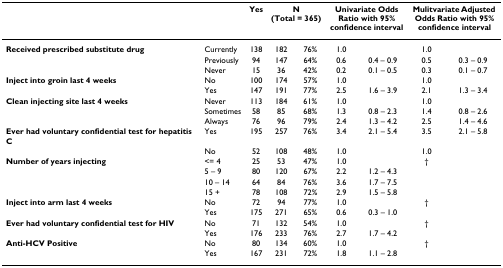
<table><thead><tr><td></td><td></td><td><b>Yes</b></td><td colspan="2"><b>N (Total = 365)</b></td><td colspan="2"><b>Univariate OddsRatio with 95% confidence interval</b></td><td colspan="2"><b>Mulitvariate Adjusted Odds Ratio with 95% confidence interval</b></td></tr></thead><tbody><tr><td><b>Received prescribed substitute drug</b></td><td>Currently</td><td>138</td><td>182</td><td>76%</td><td>1.0</td><td></td><td>1.0</td><td></td></tr><tr><td></td><td>Previously</td><td>94</td><td>147</td><td>64%</td><td>0.6</td><td>0.4 – 0.9</td><td>0.5</td><td>0.3 – 0.9</td></tr><tr><td></td><td>Never</td><td>15</td><td>36</td><td>42%</td><td>0.2</td><td>0.1 – 0.5</td><td>0.3</td><td>0.1 – 0.7</td></tr><tr><td><b>Inject into groin last 4 weeks</b></td><td>No</td><td>100</td><td>174</td><td>57%</td><td>1.0</td><td></td><td>1.0</td><td></td></tr><tr><td></td><td>Yes</td><td>147</td><td>191</td><td>77%</td><td>2.5</td><td>1.6 – 3.9</td><td>2.1</td><td>1.3 – 3.4</td></tr><tr><td><b>Clean injecting site last 4 weeks</b></td><td>Never</td><td>113</td><td>184</td><td>61%</td><td>1.0</td><td></td><td>1.0</td><td></td></tr><tr><td></td><td>Sometimes</td><td>58</td><td>85</td><td>68%</td><td>1.3</td><td>0.8 – 2.3</td><td>1.4</td><td>0.8 – 2.6</td></tr><tr><td></td><td>Always</td><td>76</td><td>96</td><td>79%</td><td>2.4</td><td>1.3 – 4.2</td><td>2.5</td><td>1.4 – 4.6</td></tr><tr><td><b>Ever had voluntary confidential test for hepatitis C</b></td><td>Yes</td><td>195</td><td>257</td><td>76%</td><td>3.4</td><td>2.1 – 5.4</td><td>3.5</td><td>2.1 – 5.8</td></tr><tr><td></td><td>No</td><td>52</td><td>108</td><td>48%</td><td>1.0</td><td></td><td>1.0</td><td></td></tr><tr><td><b>Number of years injecting</b></td><td>&lt;= 4</td><td>25</td><td>53</td><td>47%</td><td>1.0</td><td></td><td>†</td><td></td></tr><tr><td></td><td>5 – 9</td><td>80</td><td>120</td><td>67%</td><td>2.2</td><td>1.2 – 4.3</td><td></td><td></td></tr><tr><td></td><td>10 – 14</td><td>64</td><td>84</td><td>76%</td><td>3.6</td><td>1.7 – 7.5</td><td></td><td></td></tr><tr><td></td><td>15 +</td><td>78</td><td>108</td><td>72%</td><td>2.9</td><td>1.5 – 5.8</td><td></td><td></td></tr><tr><td><b>Inject into arm last 4 weeks</b></td><td>No</td><td>72</td><td>94</td><td>77%</td><td>1.0</td><td></td><td>†</td><td></td></tr><tr><td></td><td>Yes</td><td>175</td><td>271</td><td>65%</td><td>0.6</td><td>0.3 – 1.0</td><td></td><td></td></tr><tr><td><b>Ever had voluntary confidential test for HIV</b></td><td>No</td><td>71</td><td>132</td><td>54%</td><td>1.0</td><td></td><td>†</td><td></td></tr><tr><td></td><td>Yes</td><td>176</td><td>233</td><td>76%</td><td>2.7</td><td>1.7 – 4.2</td><td></td><td></td></tr><tr><td><b>Anti-HCV Positive</b></td><td>No</td><td>80</td><td>134</td><td>60%</td><td>1.0</td><td></td><td>†</td><td></td></tr><tr><td></td><td>Yes</td><td>167</td><td>231</td><td>72%</td><td>1.8</td><td>1.1 – 2.8</td><td></td><td></td></tr></tbody></table>